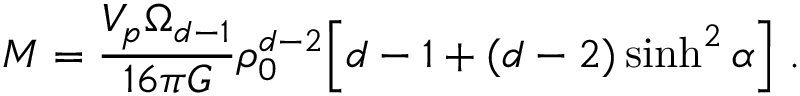
M = \frac { V _ { p } \Omega _ { d - 1 } } { 1 6 \pi G } \rho _ { 0 } ^ { d - 2 } \Big [ d - 1 + ( d - 2 ) \sinh ^ { 2 } \alpha \Big ] \ .